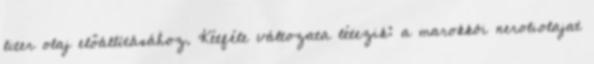
liter olaj előállításához. Kétféle változata létezik: a marokkói neroliolajat